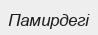
Памирдегі